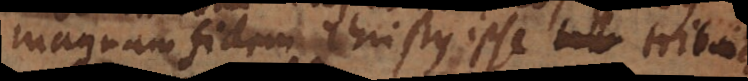
magnam fidem Christus ipse tribuit